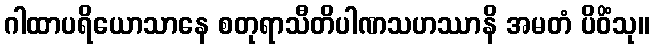
ဂါထာပရိယောသာနေ စတုရာသီတိပါဏသဟဿာနိ အမတံ ပိဝိံသု။